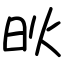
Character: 炚